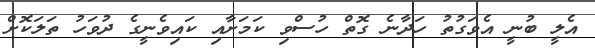
އެލީ ބުނީ އެވަގުތު ހަދާނެ ގޮތް ހުސްވި ކަމަށާއި ކައިވެނީގެ ދުވަހު ތަލަކޮށް